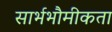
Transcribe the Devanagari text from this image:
सार्भभौमीकता